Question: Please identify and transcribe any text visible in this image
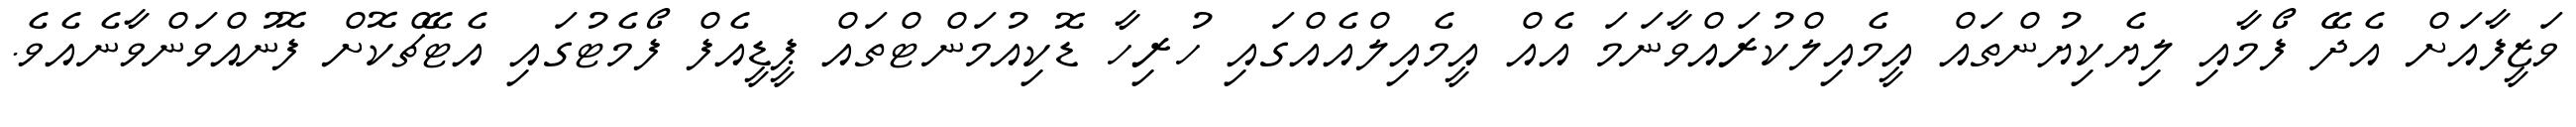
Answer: ވަޒީފާއަށް އެދޭ ފޯމާއި ލިޔެކިޔުންތައް އީމެއިލްކުރައްވާނަމަ އެއް އީމެއިލްއެއްގައި ހުރިހާ ޑޮކިއުމަންޓްތައް ޕީޑީއެފް ފޯމެޓުގައި އެޓޭޗްކޮށް ފޮނުއްވަންވާނެއެވެ.